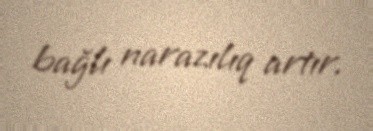
bağlı narazılıq artır.